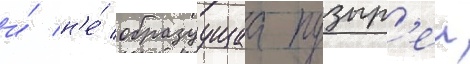
и́ н'е́ образуущаа пузыр'еи